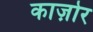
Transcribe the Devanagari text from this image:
काज़ोर